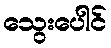
သွေးပေါင်